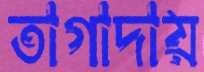
তাগাদায়